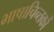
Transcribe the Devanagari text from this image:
भाषाचिन्तकों